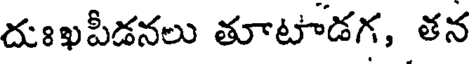
దుఃఖపీడనలు తూటాడగ, తన